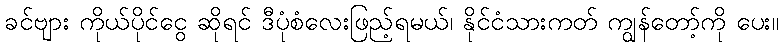
ခင်ဗျား ကိုယ်ပိုင်ငွေ ဆိုရင် ဒီပုံစံလေးဖြည့်ရမယ်၊ နိုင်ငံသားကတ် ကျွန်တော့်ကို ပေး။